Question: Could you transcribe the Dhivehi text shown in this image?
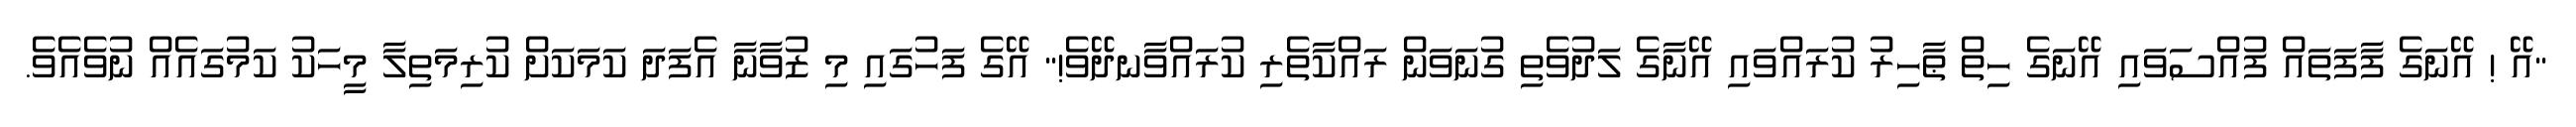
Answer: "އޭ ! އޭނަގެ ފާފަތައް ފުއްސަވައި އޭނަގެ ހިތް ޠާހިރު ކުރައްވައި އޭނާގެ ލަދުވެތި ގުނަވަން ރައްކާތެރި ކުރައްވާނދޭވެ!" އޭގެ ފަހުގައި މި ޒުވާނާ އެފަދަ ކަމަކަށް ކުރިމަތިލާ މީހަކު ކަމުގައެއް ނުވެއެވެ.